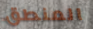
المنطق